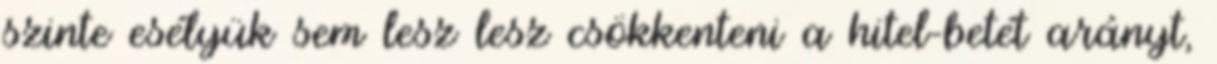
szinte esélyük sem lesz lesz csökkenteni a hitel-betét arányt,